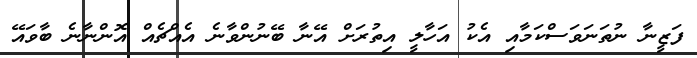
ފަޒީނާ ނުތަނަވަސްކަމާއި އެކު އަހާލީ އިތުރަށް އޭނާ ބޭނުންވާނެ އެއްޗެއް އޮންނާނެ ބާވައޭ